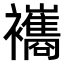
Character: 𧟃